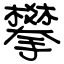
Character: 攀